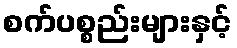
စက်ပစ္စည်းများနှင့်